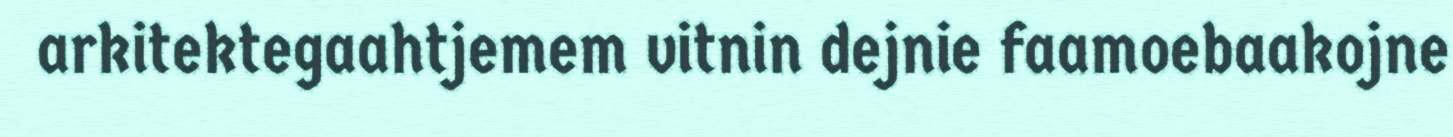
arkitektegaahtjemem vitnin dejnie faamoebaakojne